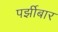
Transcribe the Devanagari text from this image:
पर्झीबार